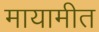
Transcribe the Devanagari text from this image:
मायामीत